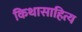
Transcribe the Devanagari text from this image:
किथासाहित्य